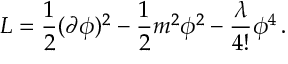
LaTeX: { \cal L } = \frac { 1 } { 2 } ( \partial \phi ) ^ { 2 } - \frac { 1 } { 2 } m ^ { 2 } \phi ^ { 2 } - \frac { \lambda } { 4 ! } \phi ^ { 4 } \, .